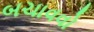
બચાવવો